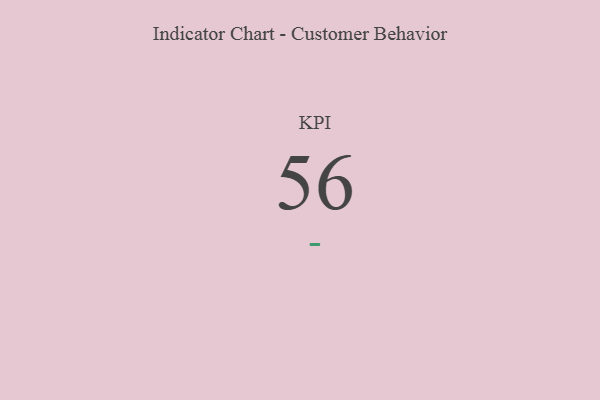
{"axis": {"x": "KPI", "y": "Value"}, "legend": [""], "data": [{"x": "KPI", "y": 56, "type": ""}]}